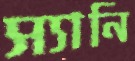
স্যানি